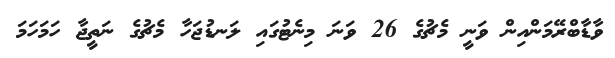
ވާޑާބްރޭމަންއިން ވަނީ މެޗުގެ 26 ވަނަ މިނެޓުގައި ލަނޑުޖަހާ މެޗުގެ ނަތީޖާ ހަމަހަމަ